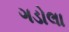
ગડોલા